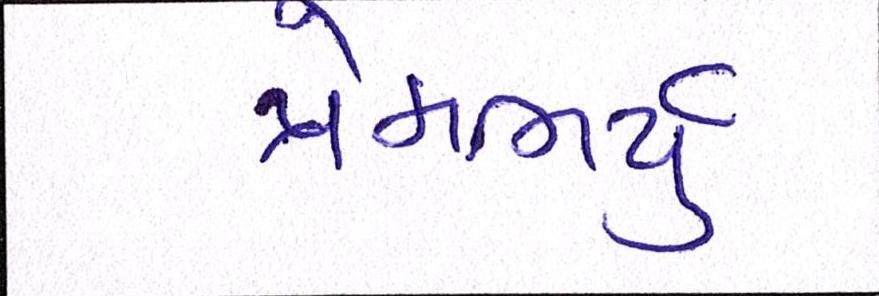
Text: પ્રેમભર્યું